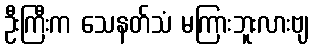
ဦးကြီးက သေနတ်သံ မကြားဘူးလားဗျ